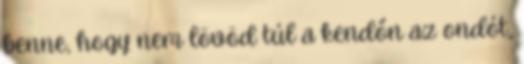
benne, hogy nem lövöd túl a kendőn az ondót,